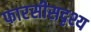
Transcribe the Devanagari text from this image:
फारसीसदृश्य